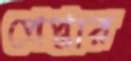
প্রেপ্তার